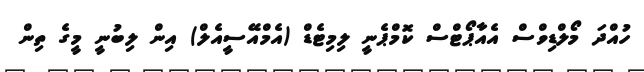
ހުއްދަ މޯލްޑިވްސް އެއާޕޯޓްސް ކޮމްޕެނީ ލިމިޓެޑް (އެމްއޭސީއެލް) އިން ލިބުނީ މީގެ ތިން